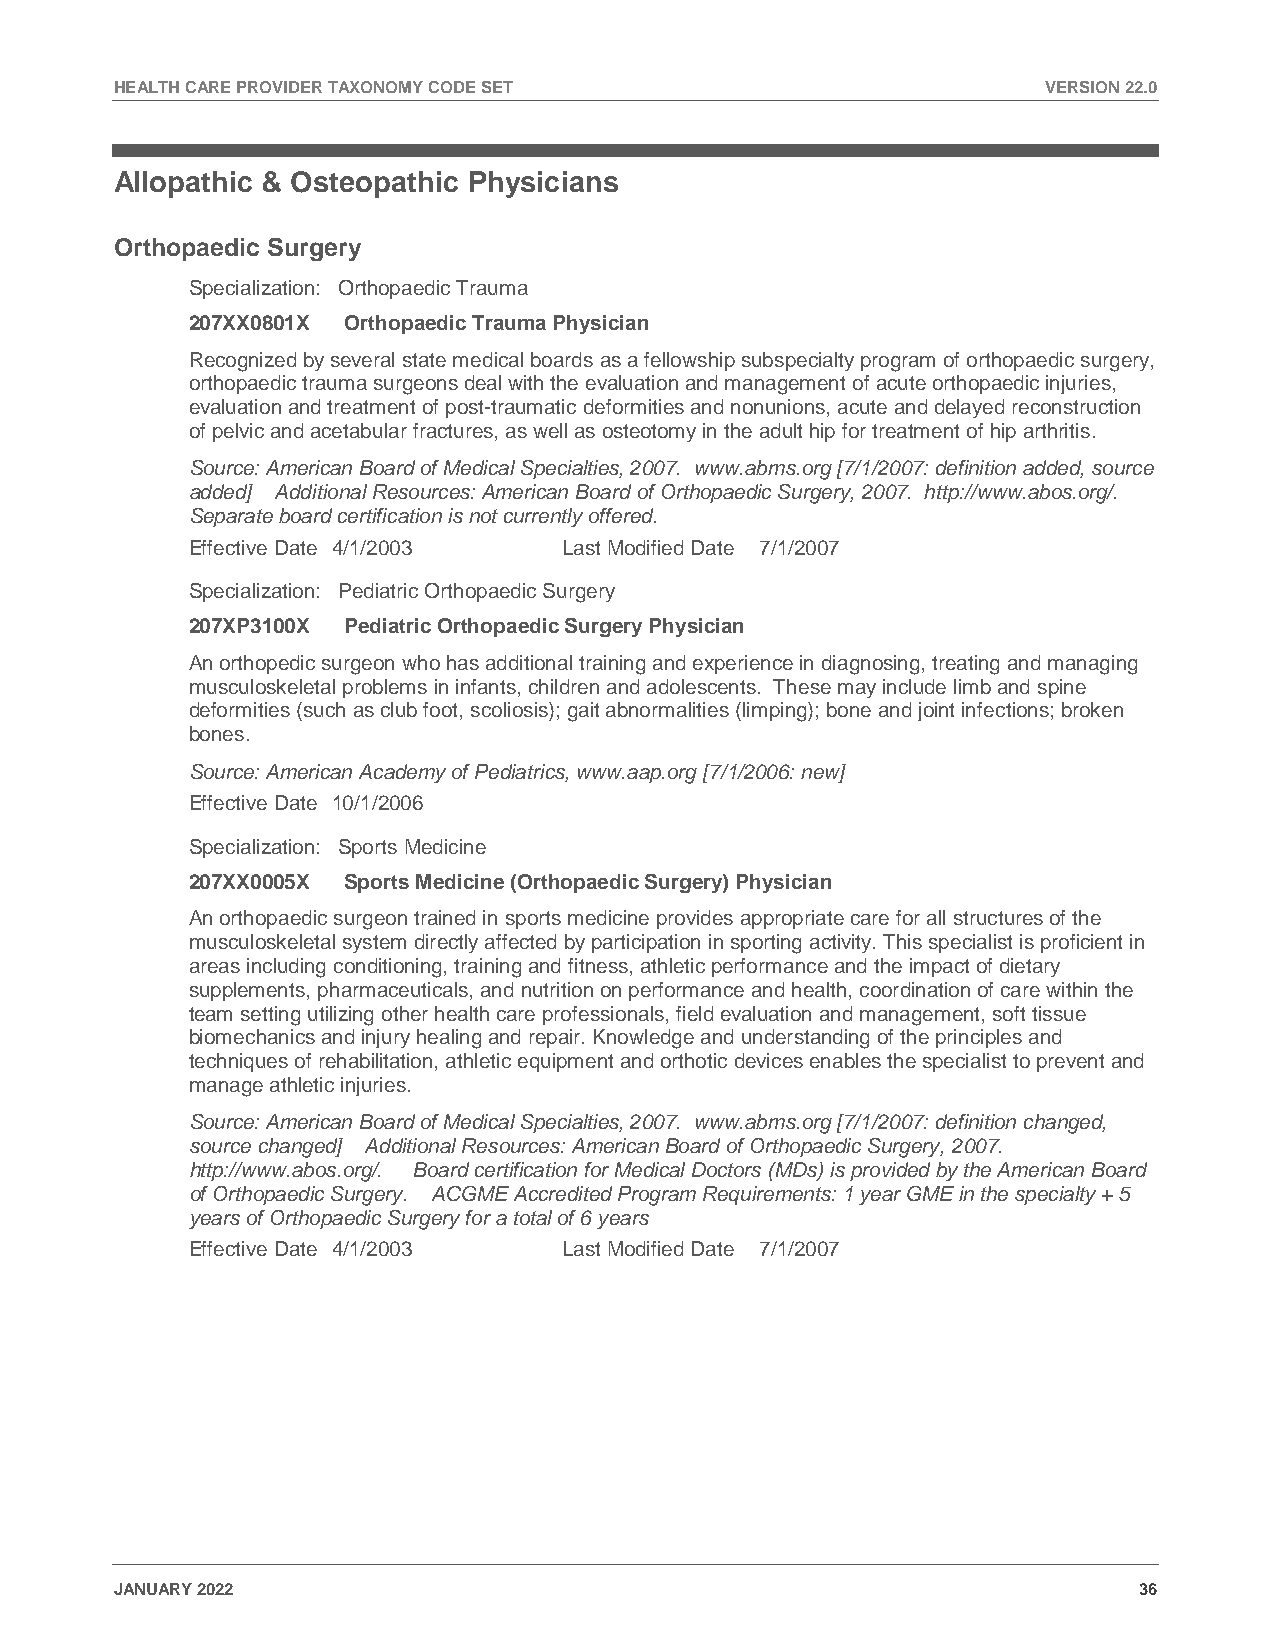
HEALTH CARE PROVIDER TAXONOMY CODE SET                       VERSION 22.0
 Allopathic & Osteopathic Physicians
 Orthopaedic Surgery
 Specialization: Orthopaedic Trauma
 207XX0801X Orthopaedic Trauma Physician
 Recognized by several state medical boards as a fellowship subspecialty program of orthopaedic surgery,
 orthopaedic trauma surgeons deal with the evaluation and management of acute orthopaedic injuries,
 evaluation and treatment of post-traumatic deformities and nonunions, acute and delayed reconstruction
 of pelvic and acetabular fractures, as well as osteotomy in the adult hip for treatment of hip arthritis.
 Source: American Board of Medical Specialties, 2007. www.abms.org [7/1/2007: definition added, source
 added] Additional Resources: American Board of Orthopaedic Surgery, 2007. http://www.abos.org/.
 Separate board certification is not currently offered.
 Effective Date 4/1/2003  Last Modified Date 7/1/2007
 Specialization: Pediatric Orthopaedic Surgery
 207XP3100X Pediatric Orthopaedic Surgery Physician
 An orthopedic surgeon who has additional training and experience in diagnosing, treating and managing
 musculoskeletal problems in infants, children and adolescents. These may include limb and spine
 deformities (such as club foot, scoliosis); gait abnormalities (limping); bone and joint infections; broken
 bones.
 Source: American Academy of Pediatrics, www.aap.org [7/1/2006: new]
 Effective Date 10/1/2006
 Specialization: Sports Medicine
 207XX0005X Sports Medicine (Orthopaedic Surgery) Physician
 An orthopaedic surgeon trained in sports medicine provides appropriate care for all structures of the
 musculoskeletal system directly affected by participation in sporting activity. This specialist is proficient in
 areas including conditioning, training and fitness, athletic performance and the impact of dietary
 supplements, pharmaceuticals, and nutrition on performance and health, coordination of care within the
 team setting utilizing other health care professionals, field evaluation and management, soft tissue
 biomechanics and injury healing and repair. Knowledge and understanding of the principles and
 techniques of rehabilitation, athletic equipment and orthotic devices enables the specialist to prevent and
 manage athletic injuries.
 Source: American Board of Medical Specialties, 2007. www.abms.org [7/1/2007: definition changed,
 source changed] Additional Resources: American Board of Orthopaedic Surgery, 2007.
 http://www.abos.org/. Board certification for Medical Doctors (MDs) is provided by the American Board
 of Orthopaedic Surgery. ACGME Accredited Program Requirements: 1 year GME in the specialty + 5
 years of Orthopaedic Surgery for a total of 6 years
 Effective Date 4/1/2003  Last Modified Date 7/1/2007
 JANUARY 2022                                                       36